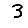
Digit: 3